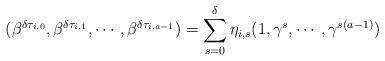
LaTeX: \begin{align*} (\beta^{\delta\tau_{i,0}},\beta^{\delta\tau_{i,1}},\cdots,\beta^{\delta\tau_{i,a-1}}) =\sum_{s=0}^{\delta}\eta_{i,s} (1,\gamma^{s},\cdots,\gamma^{s(a-1)}) \end{align*}